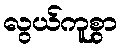
လွယ်ကူစွာ